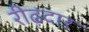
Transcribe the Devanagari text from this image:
रीढ़दार